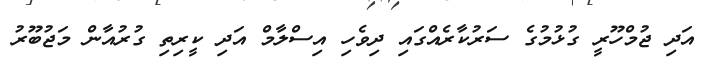
އަދި ޖުމްހޫރީ ގުޅުމުގެ ސަރުކާރެއްގައި ދިވެހި އިސްލާމް އަދި ކީރިތި ގުރުއާން މަޖުބޫރު